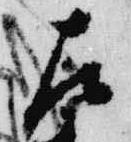
左